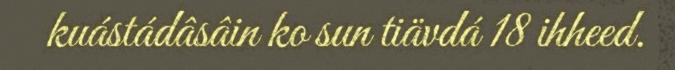
kuástádâsâin ko sun tiävdá 18 ihheed.